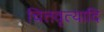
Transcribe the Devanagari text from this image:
चित्तवृत्यादि